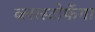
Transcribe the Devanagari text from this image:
ब्लास्टोफॅगा